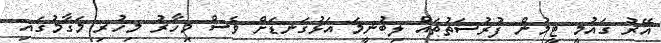
އޭރު ގައުމީ ޓީމުން ފުރުސަތުތައް ލިބުނީމަ އަޅުގަނޑަށް ވެސް މިހާރު މިހުރި މަގާމުގައި